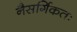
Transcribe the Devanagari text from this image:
नैसर्गिकतः